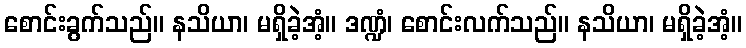
စောင်းခွက်သည်။ နသိယာ၊ မရှိခဲ့အံ့။ ဒဏ္ဍံ၊ စောင်းလက်သည်။ နသိယာ၊ မရှိခဲ့အံ့။